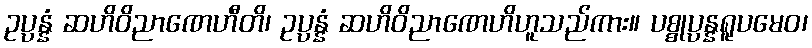
ဥပ္ပန္နံ ဆဟိဝိညာဏေဟီတိ၊ ဥပ္ပန္နံ ဆဟိဝိညာဏေဟိဟူသည်ကား။ ပစ္စုပ္ပန္နရူပမေဝ၊